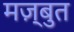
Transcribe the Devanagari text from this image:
मज़्बुत